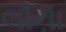
લૉના